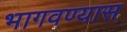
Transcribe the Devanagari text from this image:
भागवण्यास